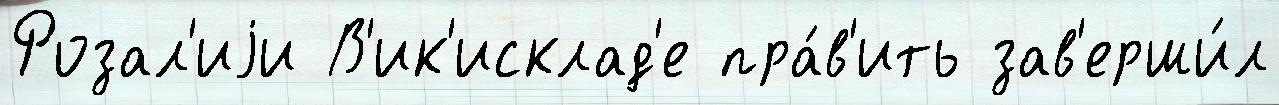
Розал'иjи В'ик'исклад'е пра́в'ить зав'ерши́л